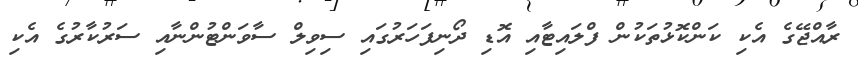
ރާއްޖޭގެ އެކި ކަންކޮޅުތަކުން ފްލައިޓާއި އޮޑި ދޯނިފަހަރުގައި ސިވިލް ސާވަންޓުންނާއި ސަރުކާރުގެ އެކި